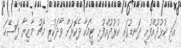
އަދި ކުޅުދުއްފުށީ ދަނޑުގައި ކުޅުދުއްފުށި ޓީމަކާ ދެކޮޅަށް ވާދަކުރި މެޗު މާޒިޔާ ފަސޭހަ